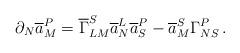
LaTeX: \begin{align*}\partial_{N}\overline{a}^{P}_{M} =\overline{\Gamma}^{S}_{LM}\overline{a}^{L}_{N}\overline{a}^{P}_{S}-\overline{a}^{S}_{M}\Gamma^{P}_{NS}\,.\end{align*}